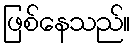
ဖြစ်နေသည်။